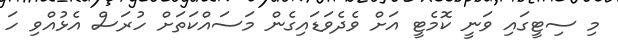
މި ސިޓީގައި ވަނީ ކޮމެޓީ އަށް ވެދެވަޑައިގެން މަސައްކަތަށް ހުރަސް އެޅުއްވި ހަ